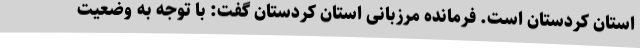
استان کردستان است. فرمانده مرزبانی استان کردستان گفت: با توجه به وضعیت